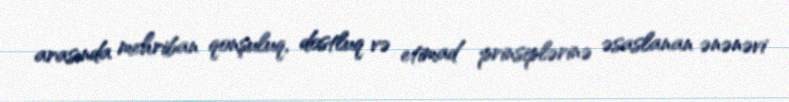
arasında mehriban qonşuluq, dostluq və etimad prinsiplərinə əsaslanan ənənəvi